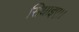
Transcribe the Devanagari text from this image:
सिधाइए।।